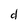
Character: d